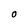
Character: O